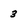
Character: 3